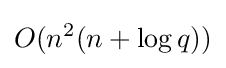
O(n^{2}(n+\log q))